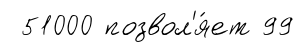
51000 позвол'я́ет 99